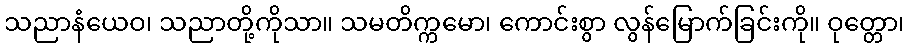
သညာနံယေဝ၊ သညာတို့ကိုသာ။ သမတိက္ကမော၊ ကောင်းစွာ လွန်မြောက်ခြင်းကို။ ဝုတ္တော၊